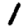
Digit: 1